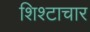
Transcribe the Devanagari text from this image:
शिश्टाचार